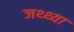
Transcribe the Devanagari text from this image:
जथ्थ्या